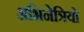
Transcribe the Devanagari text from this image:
अभिनेत्रियो